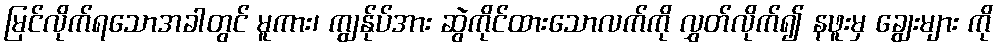
မြင်လိုက်ရသောအခါတွင် မူကား၊ ကျွန်ုပ်အား ဆွဲကိုင်ထားသောလက်ကို လွှတ်လိုက်၍ နဖူးမှ ချွေးများ ကို